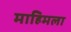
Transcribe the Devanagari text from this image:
माहिमला